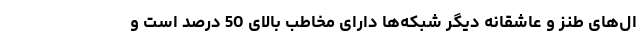
ال‌های طنز و عاشقانه دیگر شبکه‌ها دارای مخاطب بالای 50 درصد است و